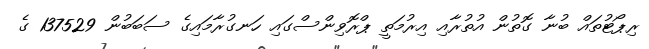
ރިޕޯޓުތައް ބުނާ ގޮތުން އުތުރާއި އިރުމަތީ ޕްރޮވިންސްގައި ހަނގުރާމައިގެ ސަބަބުން 137529 ގެ